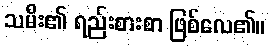
သမီး၏ ရည်းစားစာ ဖြစ်လေ၏။